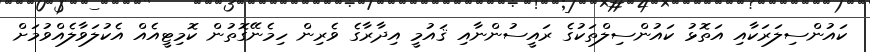
ކައުންސިލަރަކާއި އަތޮޅު ކައުންސިލްތަކުގެ ރައީސުންނާއި ޤައުމީ އިދާރާގެ ވެރިން ހިމެނޭގޮތުން ކޮމިޓީއެއް އެކުލަވާލެއްވުމަށް